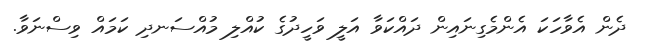
ދެން އެވާހަކަ އެންމެގިނައިން ދައްކަވާ އަލީ ވަހީދުގެ ކުއްލި މުއްސަނދި ކަމައް ވިސްނަވާ.